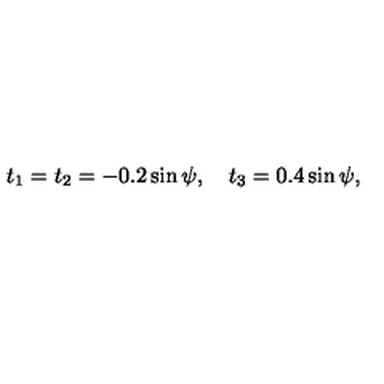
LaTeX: t _ { 1 } = t _ { 2 } = - 0 . 2 \sin \psi , \quad t _ { 3 } = 0 . 4 \sin \psi ,